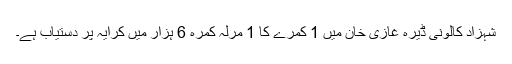
شہزاد کالونی ڈیرہ غازی خان میں 1 کمرے کا 1 مرلہ کمرہ 6 ہزار میں کرایہ پر دستیاب ہے۔